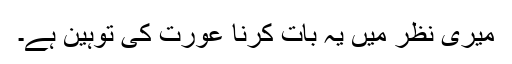
میری نظر میں یہ بات کرنا عورت کی توہین ہے۔